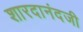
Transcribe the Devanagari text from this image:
शारदानंदजी